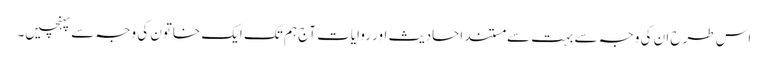
اس طرح ان کی وجہ سے بہت سے مستند احادیث اور روایات آج ہم تک ایک خاتون کی وجہ سے پہنچیں۔